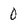
Character: 0